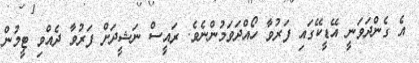
އެ ގެންދަވަނީ އޭޑީކޭގައި ފަރުވާ ހޯއްދަވަމުންނެވެ. ރައީސް ނަޝީދަށް ފަރުވާ ދެއްވި ޓީމުން